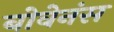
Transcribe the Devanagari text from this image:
बोवेनंस